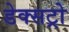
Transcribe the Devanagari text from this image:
डेक्सट्रो